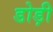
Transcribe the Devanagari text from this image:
डोड़ी